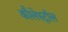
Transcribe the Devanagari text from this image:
कौलेस्ट्रॉल